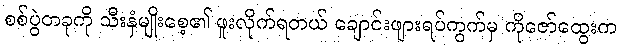
စစ်ပွဲတခုကို သီးနှံမျိုးစေ့၏ ဖူးလိုက်ရတယ် ချောင်းဖျားရပ်ကွက်မှ ကိုဇော်ထွေးက